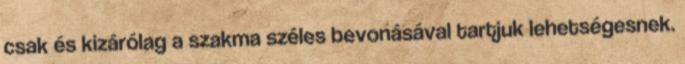
csak és kizárólag a szakma széles bevonásával tartjuk lehetségesnek.